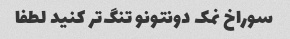
سوراخ نمک دونتونو تنگ‌تر کنید لطفا